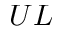
U L